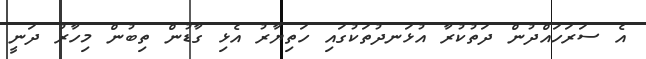
އެ ސަރަހައްދުން ދަތުކުރާ އުޅަނދުތަކުގައި ހަތިޔާރު އެޅި ގާޑުން ތިބުން މިހާރު ދަނީ